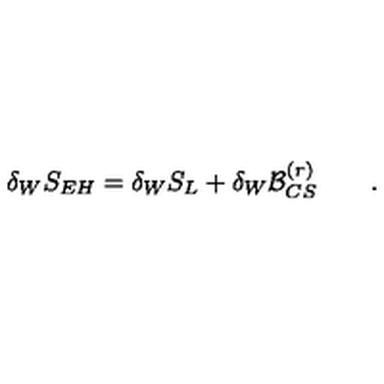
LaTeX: \delta _ { W } S _ { E H } = \delta _ { W } S _ { L } + \delta _ { W } { \cal B } _ { C S } ^ { ( r ) } \qquad .